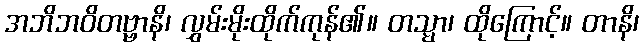
အဘိဘဝိတဗ္ဗာနိ၊ လွှမ်းမိုးထိုက်ကုန်၏။ တသ္မာ၊ ထိုကြောင့်။ တာနိ၊